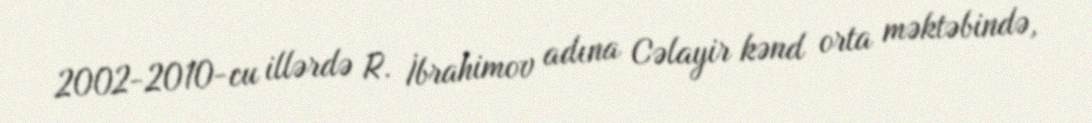
2002-2010-cu illərdə R. İbrahimov adına Cəlayir kənd orta məktəbində,